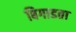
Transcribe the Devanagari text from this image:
बिगाडता